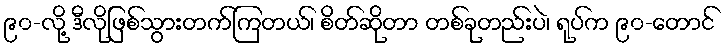
၉၀-လို့ ဒီလိုဖြစ်သွားတက်ကြတယ်၊ စိတ်ဆိုတာ တစ်ခုတည်းပဲ၊ ရုပ်က ၉၀-တောင်